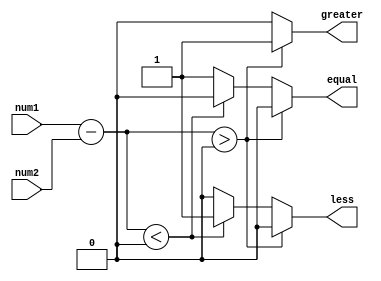
module fixed_point_comparator (
    input signed [7:0] num1,
    input signed [7:0] num2,
    output reg greater,
    output reg less,
    output reg equal
);

reg signed [8:0] diff; // difference between num1 and num2

always @(*) begin
    diff = num1 - num2; // calculate the difference

    if(diff > 0) begin
        greater = 1;
        less = 0;
        equal = 0;
    end else if(diff < 0) begin
        greater = 0;
        less = 1;
        equal = 0;
    end else begin
        greater = 0;
        less = 0;
        equal = 1;
    end
end

endmodule